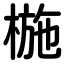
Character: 椸